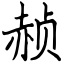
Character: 赪